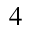
^ 4